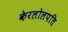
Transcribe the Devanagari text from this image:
केरलोलपति